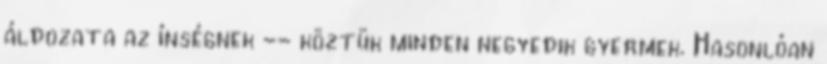
áldozata az ínségnek -- köztük minden negyedik gyermek. Hasonlóan